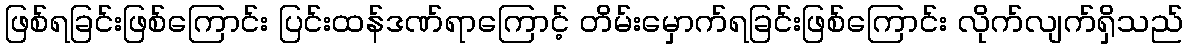
ဖြစ်ရခြင်းဖြစ်ကြောင်း ပြင်းထန်ဒဏ်ရာကြောင့် တိမ်းမှောက်ရခြင်းဖြစ်ကြောင်း လိုက်လျက်ရှိသည်